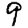
Digit: 9